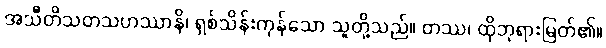
အသီတိသတသဟဿာနိ၊ ရှစ်သိန်းကုန်သော သူတို့သည်။ တဿ၊ ထိုဘုရားမြတ်၏။